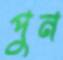
পুন